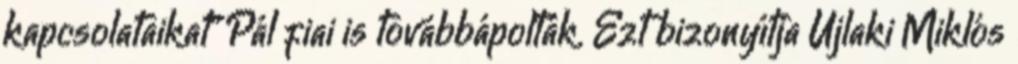
kapcsolataikat" Pál fiai is továbbápolták. Ezt bizonyítja Újlaki Miklós